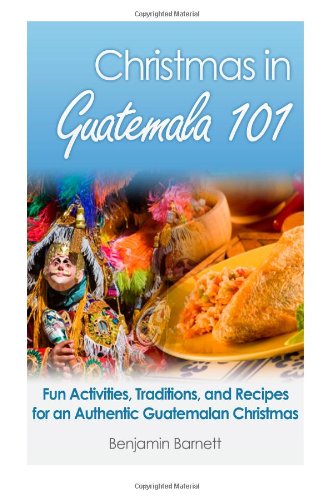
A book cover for Christmas in Guatemala 101; Benjamin Barnett; Travel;